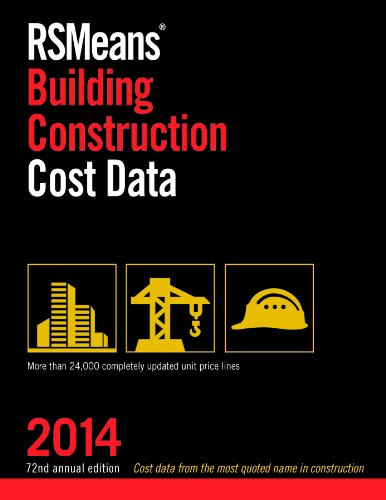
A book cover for RSMeans Building Construction Cost Data 2014; RSMeans Engineering Staff; Arts & Photography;